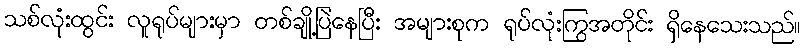
သစ်လုံးထွင်း လူရုပ်များမှာ တစ်ချို့ပြဲနေပြီး အများစုက ရုပ်လုံးကြွအတိုင်း ရှိနေသေးသည်။